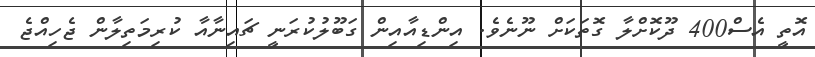
އޮތީ އެސް400 ދޫކޮށްލާ ގޮތަކަށް ނޫނެވެ. އިންޑިއާއިން ގަބޫލުކުރަނީ ޗައިނާއާ ކުރިމަތިލާން ޖެހިއްޖެ